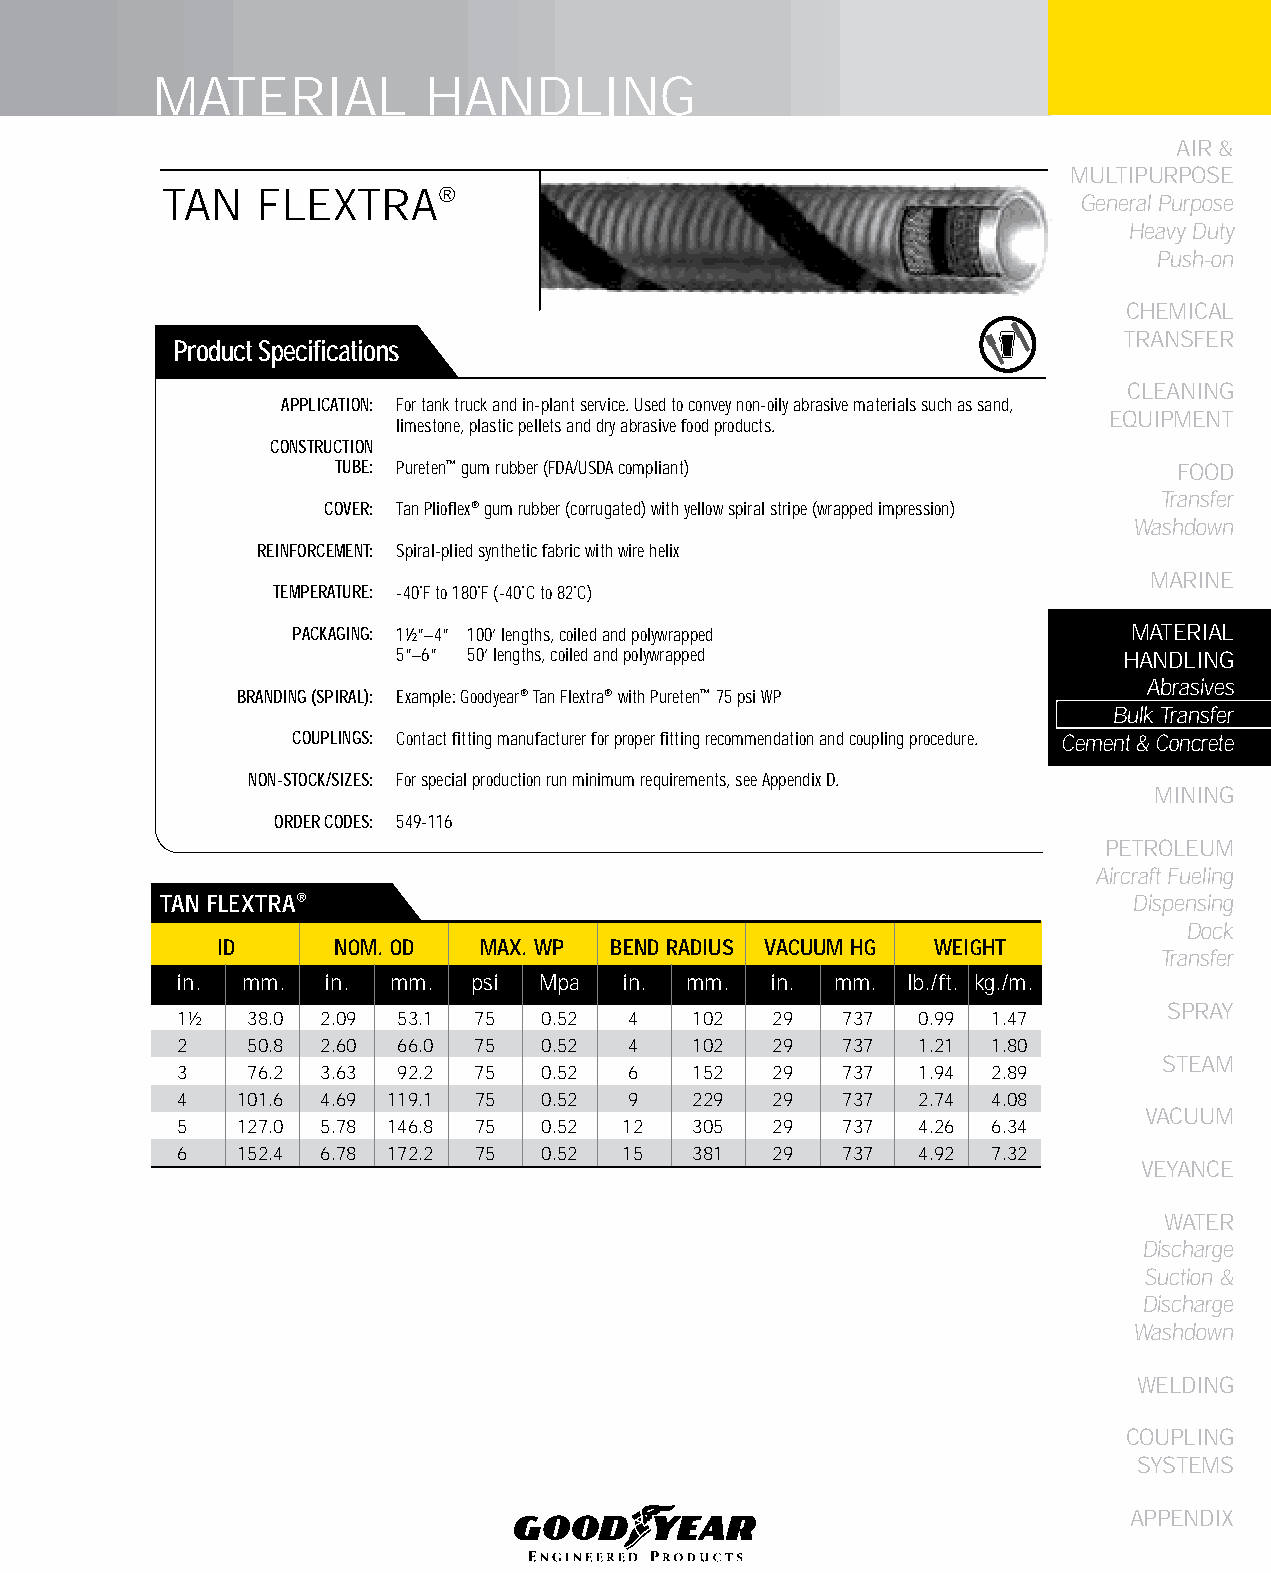
MATERIAL          HANDLING
 AIR &
 MULTIPURPOSE
 TAN   FLEXTRA®
 General Purpose
 Heavy Duty
 Push-on
 CHEMICAL
 TRANSFER
 Product Specifications
 CLEANING
 APPLICATION: For tank truck and in-plant service. Used to convey non-oily abrasive materials such as sand,
 EqUIPMENT
 limestone, plastic pellets and dry abrasive food products.
 CONSTRUCTION
 TUBE: Pureten™ gum rubber (FDA/USDA compliant)          FOOD
 Transfer
 COVER: Tan Plioflex® gum rubber (corrugated) with yellow spiral stripe (wrapped impression)
 Washdown
 REINFORCEMENT: Spiral-plied synthetic fabric with wire helix
 MARINE
 TEMPERATURE: -40˚F to 180˚F (-40˚C to 82˚C)
 PACKAGING: 1½”–4” 100’ lengths, coiled and polywrapped  MATERIAL
 5”–6” 50’ lengths, coiled and polywrapped       HANDLING
 Abrasives
 BRANDING (SPIRAL): Example: Goodyear® Tan Flextra® with Pureten™ 75 psi WP
 Bulk Transfer
 COUPLINGS: Contact fitting manufacturer for proper fitting recommendation and coupling procedure. Cement & Concrete
 NON-STOCK/SIZES: For special production run minimum requirements, see Appendix D.
 MINING
 ORDER CODES: 549-116
 PETROLEUM
 Aircraft Fueling
 TAN fLEXTRA®                                                    Dispensing
 Dock
 ID      NOM. OD   MAX. WP  bEND RADIUS VACUUM HG WEIGHT
 Transfer
 in. mm.   in. mm.  psi  Mpa  in.  mm.  in. mm.  lb./ft. kg./m.
 SPRAY
 1½  38.0 2.09 53.1 75   0.52  4   102  29   737  0.99 1.47
 2   50.8 2.60 66.0  75  0.52  4   102  29   737  1.21 1.80
 STEAM
 3   76.2 3.63 92.2  75  0.52  6   152  29   737  1.94 2.89
 4   101.6 4.69 119.1 75 0.52  9   229  29   737  2.74 4.08
 VACUUM
 5   127.0 5.78 146.8 75 0.52 12   305  29   737  4.26 6.34
 6   152.4 6.78 172.2 75 0.52 15   381  29   737  4.92 7.32
 VEYANCE
 WATER
 Discharge
 Suction &
 Discharge
 Washdown
 WELDING
 COUPLING
 SYSTEMS
 APPENDIX
 127